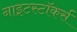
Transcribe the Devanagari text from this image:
नाइटस्टॉकर्स